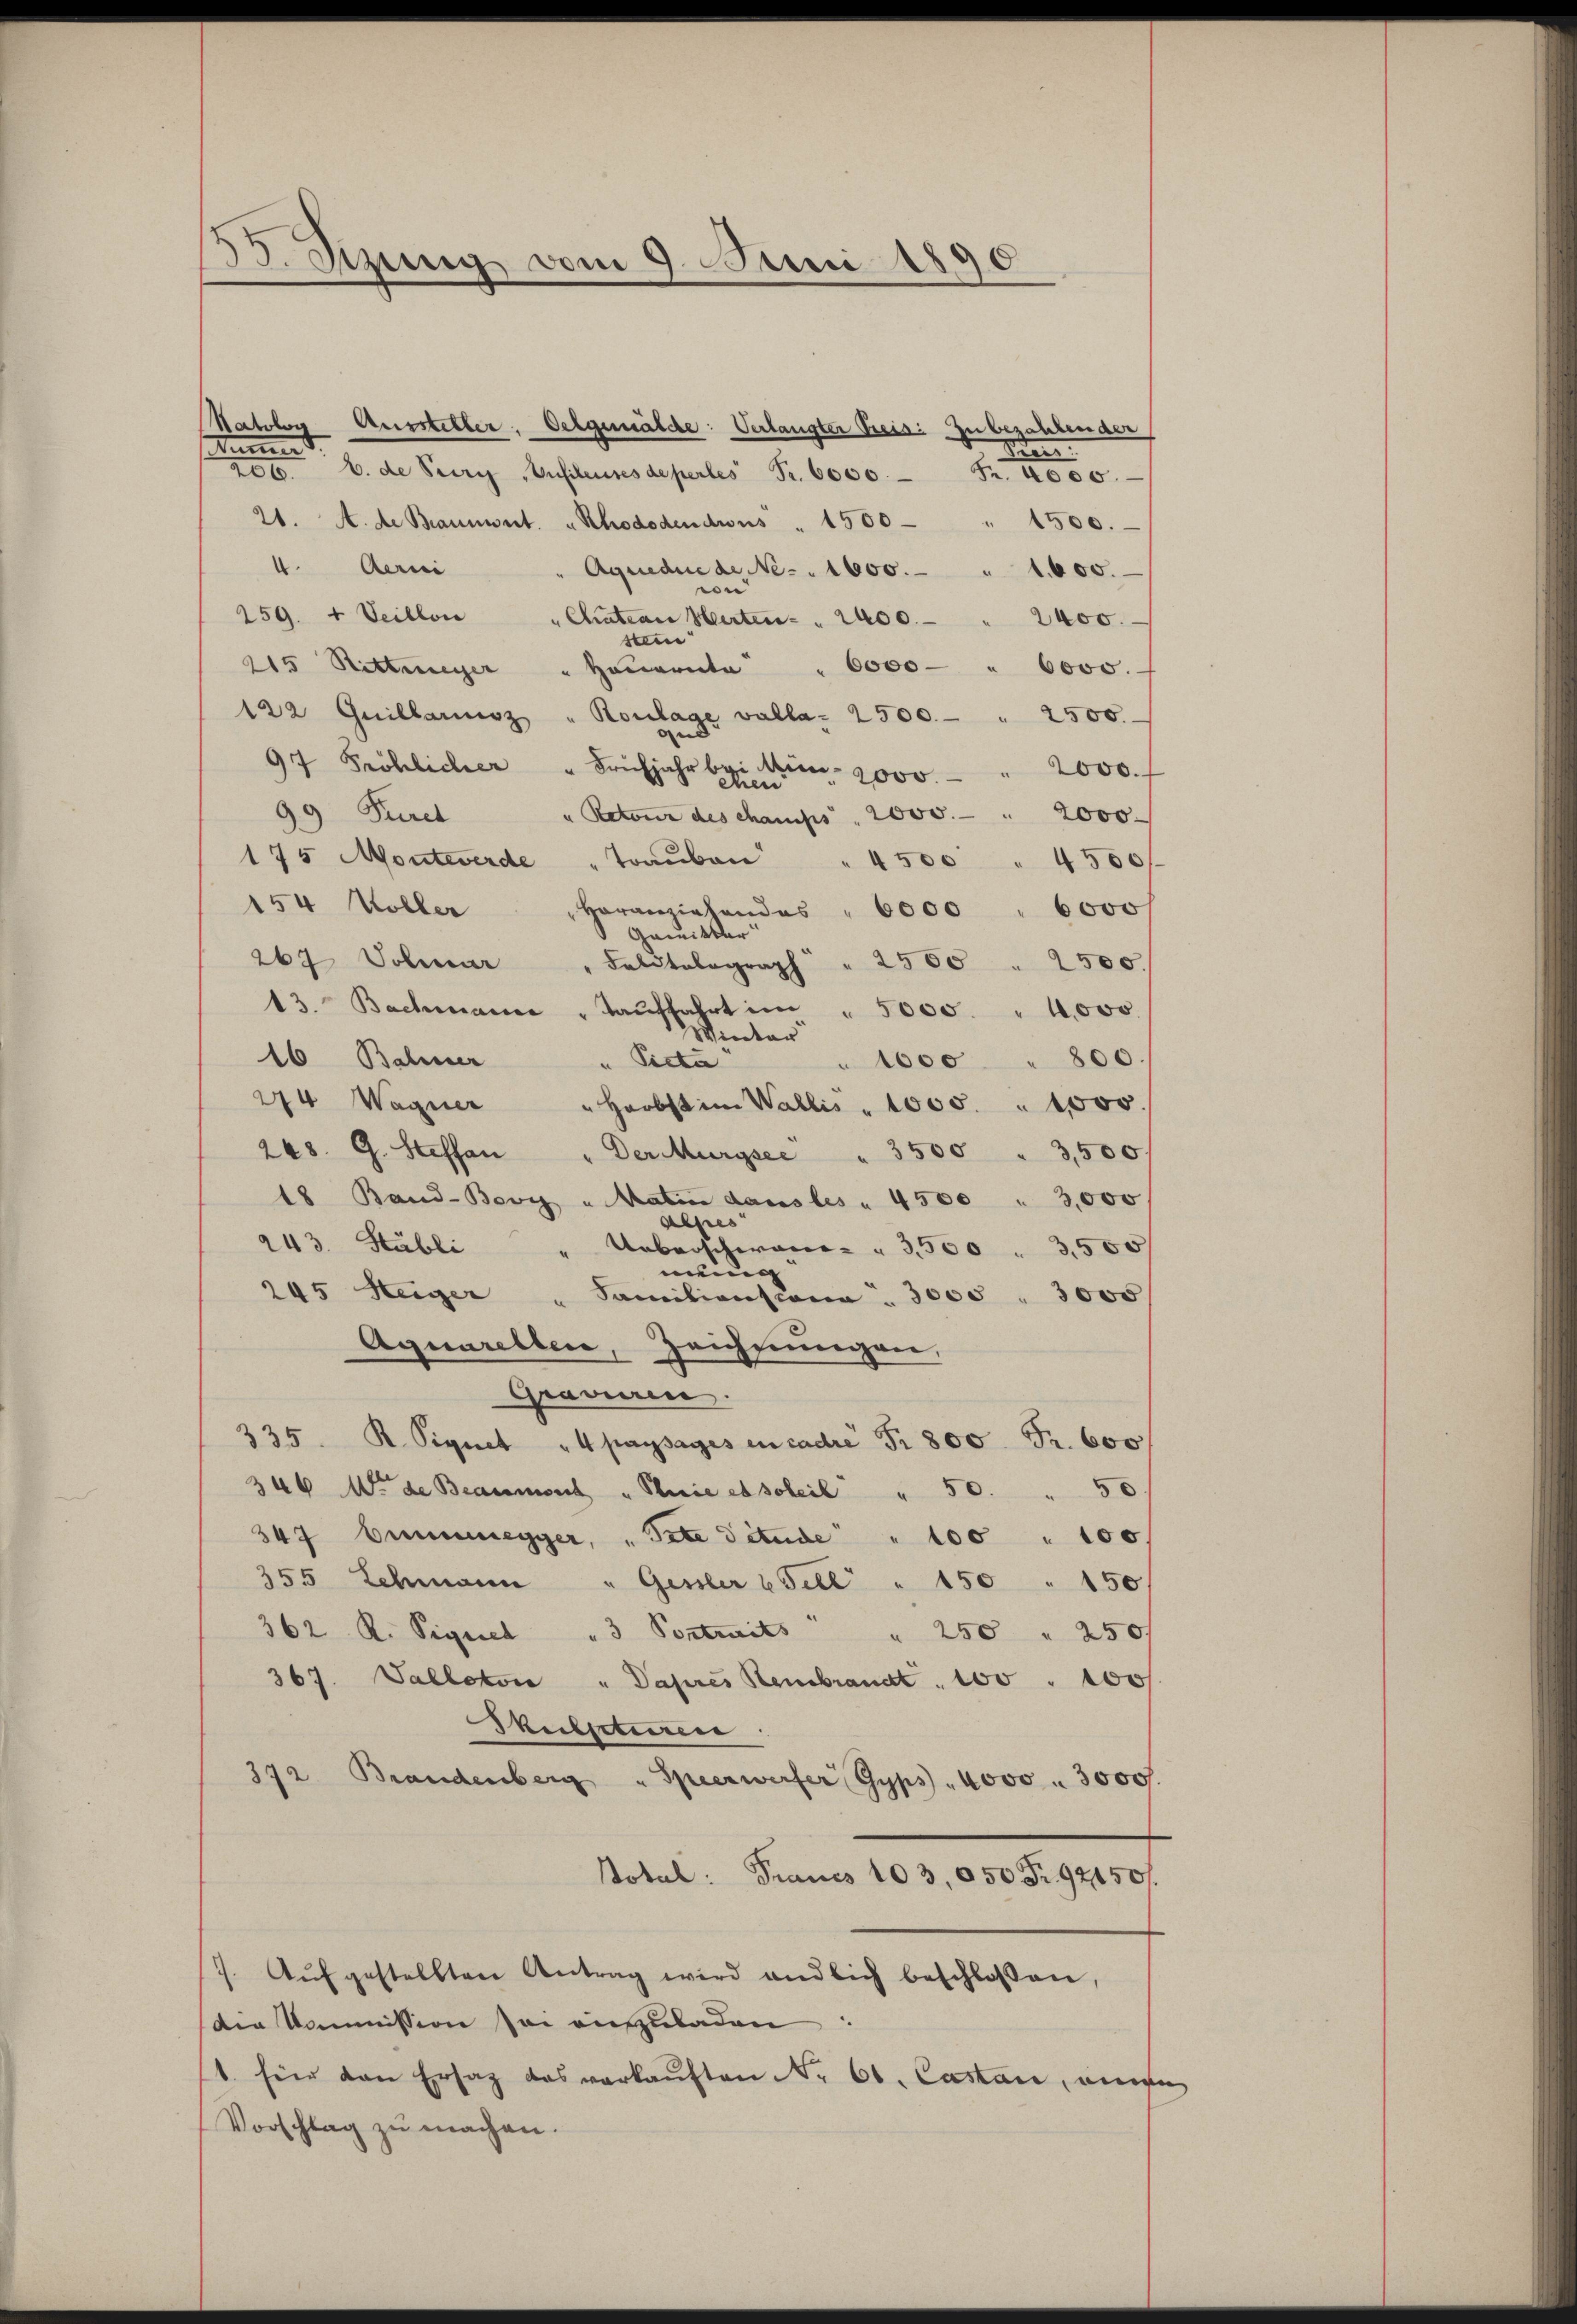
53. Sizung vom 9. Juni 1890

Natolen Aussteller. Vergemälde: Verlangter Preis: Zu bezahlender
Lunner
Men
 b. de Seere Aufiteures depertes Fr. 6000.

21. A. de Bannwert. " Rhododendius " 1500 " 1500.
4. Beri
Aquedue de No. 1600. - " 1000.
|
259. + Veillon "Chatian Herten " 2400.
2400.
6000
6000.
215 Rittmeyer " Hauernte
122 Quillarisz " Roulage valla. 2500.
2500.
97 Fröhlicher " Frühjahr bei Wien 2000.
2000.
99 Puret
2000
" Retour des champs. 2000.
175 Monteverde
Trauben
4500
4300 f
154 Voller
voranziehendes
 Gamitter
267 Volmar
2560 . 2500.
Faldtolograph
13. Bachmanne „Taŭffahrt im " 5000. " 1000
Winter
16 Bahner
1000 " 800.
"Picta
274 Wagner "Harbst im Wallis " 1000 " 1000.
248. G. Steffan
3500 " 3,500/
Der Murysee
18 Band-Bovy u Matin dans les " 4500 " 3,000
alses
243. Stubli
Ueberschwerer " 3,500 " 3,500
mung
245 Steiger
Sanitionscona. 3000 " 3000
Aquarellen, Zeichnungen,
Graviren.
335. K. Signet "4 passages en cadre Fr. 800 Fr. 600
50
346 Art de Beaumont "Pluie es soleil " 50.
347 binnegger, " Pete Titude " 100 " 100.
355 Schmann "Gessler u Fell " 150 " 150
362 R. Pigniel "  3 Portreits                  "    250 " 250f
367. Valletos " Papres Rembrandt. 100 " 100f
Skulpatiiren
372 Brandenberg "Speerwerfer Gyps " 4000 " 3000f
Total: Francs 103, 050 Fr. 92150f
7. Aŭfgestellten Antrag wird endlich beschlossen,
der Kommission sei auszuladen
1. für den Ersatz des verkaŭften Nr. 60. Castan, wiede
Vorschlag zu machen.

6000 " 6000